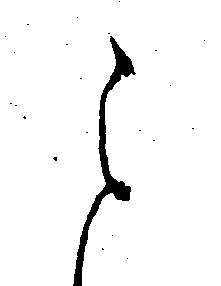
ら